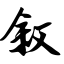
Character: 叙